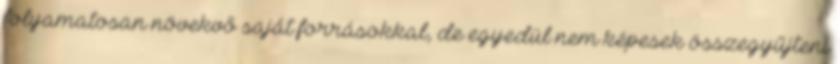
folyamatosan növekvő saját forrásokkal, de egyedül nem képesek összegyűjteni